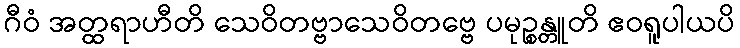
ဂီဝံ အတ္ထရာဟီတိ သေဝိတဗ္ဗာသေဝိတဗ္ဗေ ပမုဉ္စန္တူတိ ဧဝရူပါယပိ